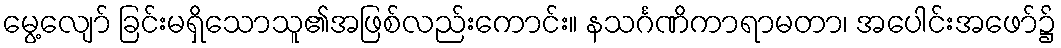
မွေ့လျော် ခြင်းမရှိသောသူ၏အဖြစ်လည်းကောင်း။ နသင်္ဂဏိကာရာမတာ၊ အပေါင်းအဖော်၌